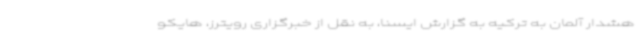
هشدار آلمان به ترکیه به گزارش ایسنا، به نقل از خبرگزاری رویترز، هایکو